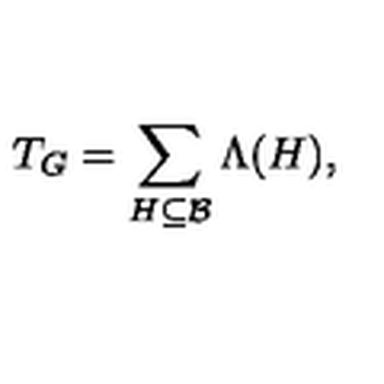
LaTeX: T _ { G } = \sum _ { H \subseteq \mathcal { B } } \Lambda ( H ) ,